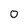
Character: 0